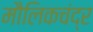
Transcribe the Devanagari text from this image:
मौलिकचंद्र